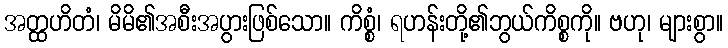
အတ္ထဟိတံ၊ မိမိ၏အစီးအပွားဖြစ်သော။ ကိစ္စံ၊ ရဟန်းတို့၏ဘွယ်ကိစ္စကို။ ဗဟု၊ များစွာ။